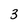
Character: 3